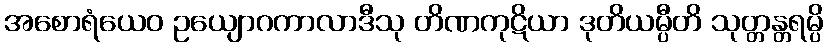
အစောရံယေဝ ဥယျောဂကာလာဒီသု တိဏကုဋိယာ ဒုတိယမ္ပီတိ သုတ္တန္တရမ္ပိ